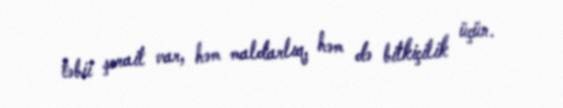
təbii şərait var, həm maldarlıq, həm də bitkiçilik üçün.